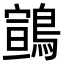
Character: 䳦